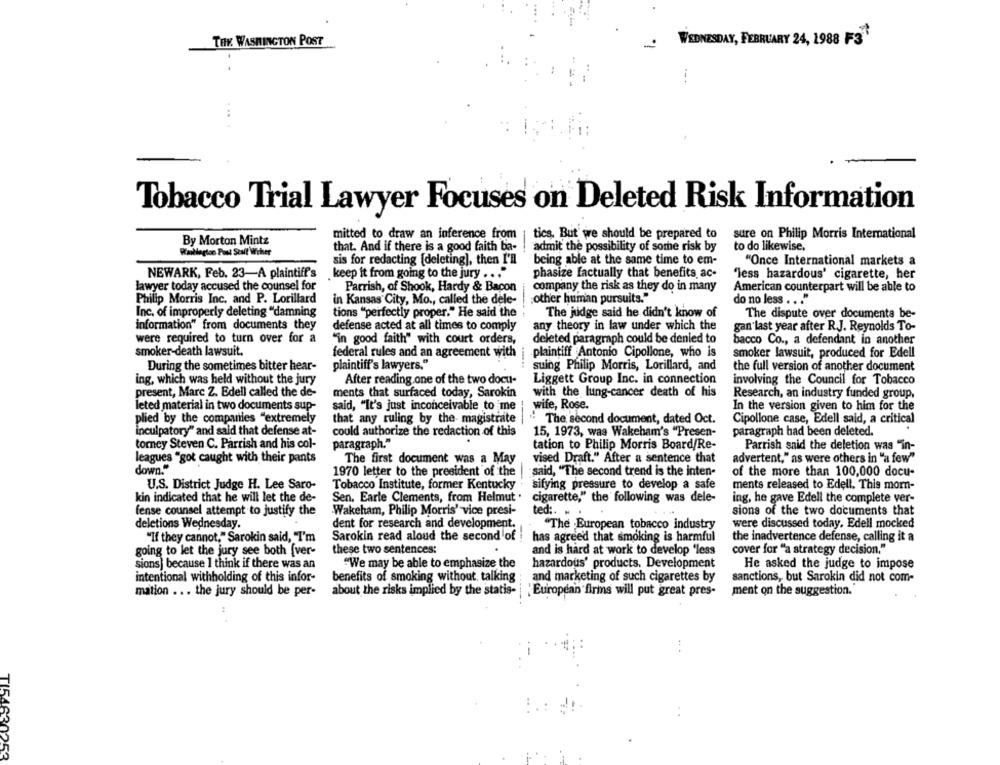
THE WASHINGTON POST
WEDNESDAY, FEBRUARY 24, 1988 F3
Tobacco Trial Lawyer Focuses on Deleted Risk Information
mitted to draw an inference from | tics, But we should be prepared to
sure on Philip Morris International
By Morton Mintz
to do likewise,
Wantlegton Pout Staff Wrher
that. And if there is a good faith ba-
admit the possibility of some risk by
sis for redacting [deleting), then I'll
being able at the same time to em-
"Once International markets a
NEWARK, Feb. 23-A plaintiff's
keep it from going to the jury ... "
phasize factually that benefits ac-
'less hazardous' cigarette, her
lawyer today accused the counsel for
Parrish, of Shook, Hardy & Bacon
company the risk as they do in many
American counterpart will be able to
other human pursuits."
Philip Morris Inc. and P. Lorillard
in Kansas City, Mo ., called the dele-
do no less ... "
Inc. of improperly deleting "damning
tions "perfectly proper." He said the
The judge said he didn't know of
The dispute over documenta be-
information" from documents they
defense acted at all times to comply
any theory in law under which the
gan last year after R.J. Reynolds To-
were required to turn over for a
"in good faith" with court orders,
deleted paragraph could be denied to
bacco Co ., a defendant in another
smoker-death lawsuit.
smoker lawsuit, produced for Edell
federal rules and an agreement with
plaintiff Antonio Cipollone, who is
During the sometimes bitter hear-
plaintiff's lawyers."
suing Philip Morris, Lorillard, and
the full version of another document
ing, which was held without the jury
After reading.one of the two docu-
Liggett Group Inc. in connection
involving the Council for Tobacco
present, Marc Z. Edell called the de-
ments that surfaced today, Sarokin
with the lung-cancer death of his
Research, an industry funded group,
wife, Rose.
leted material in two documents sup-
said, "It's just inconceivable to me
In the version given to him for the
plied by the companies "extremely
that any ruling by the magistrate
The second document, dated Oct.
Cipollone case, Edell said, a critical
inculpatory" and said that defense at-
could authorize the redaction of this
15, 1973, was Wakeham's "Presen-
paragraph had been deleted.
torney Steven C. Parrish and his col-
paragraph."
tation to Philip Morris Board/Re-
Parrish said the deletion was "in-
leagues "got caught with their pants
The first document was a May
vised Draft." After a sentence that
advertent," as were others in "a few"
down."
1970 letter to the president of the
said, "The second trend is the inten-
of the more than 100,000 docu-
U.S. District Judge H. Lee Saro-
Tobacco Institute, former Kentucky
sifying pressure to develop a safe
ments released to Edell. This morn-
Sen. Earle Clements, from Helmut .
cigarette," the following was dele-
kin indicated that he will let the de-
ing, he gave Edell the complete ver-
fense counsel attempt to justify the
Wakeham, Philip Morris' vice presi-
ted :. . .
sions of the two documents that
deletions Wednesday.
dent for research and development.
"The European tobacco industry
were discussed today. Edell mocked
Sarokin read aloud the second of
"If they cannot," Sarokin said, "I'm
has agreed that smoking is harmful
the inadvertence defense, calling it a
going to let the jury see both [ver-
these two sentences:
and is hard at work to develop 'less
cover for "a strategy decision."
sions) because I think if there was an
"We may be able to emphasize the
hazardous' products. Development
He asked the judge to impose
intentional withholding of this infor-
benefits of smoking without. talking
and marketing of such cigarettes by
sanctions, but Sarokin did not com-
mation ... the jury should be per-
about the risks implied by the statis- 'European firms will put great pres-
ment on the suggestion.
TI54630253